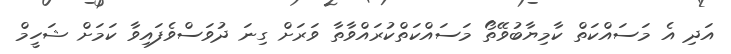
އަދި އެ މަސައްކަތް ކާމިޔާބުވޭތޯ މަސައްކަތްކުރައްވާތާ ވަރަށް ގިނަ ދުވަސްވެފައިވާ ކަމަށް ޝަހީމް